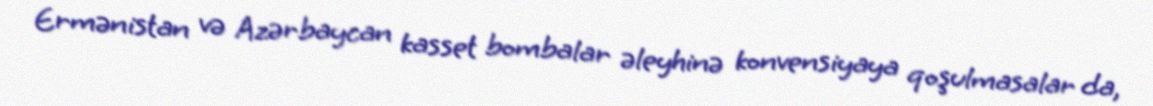
Ermənistan və Azərbaycan kasset bombalar əleyhinə konvensiyaya qoşulmasalar da,